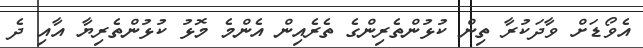
އެވޯޑަށް ވާދަކުރާ ތިން ކުޅުންތެރިންގެ ތެރެއިން އެންމެ މޮޅު ކުޅުންތެރިޔާ އާއި ދެ